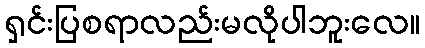
ရှင်းပြစရာလည်းမလိုပါဘူးလေ။